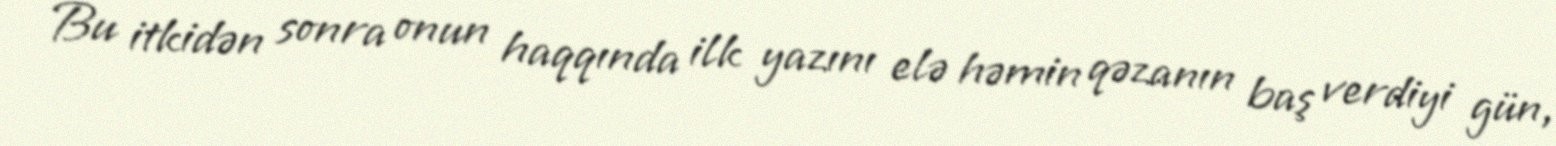
Bu itkidən sonra onun haqqında ilk yazını elə həmin qəzanın baş verdiyi gün,